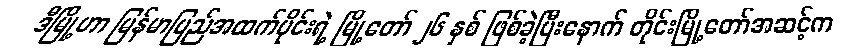
ဒီမြို့ဟာ မြန်မာပြည်အထက်ပိုင်းရဲ့ မြို့တော် ၂၆ နှစ် ဖြစ်ခဲ့ပြီးနောက် တိုင်းမြို့တော်အဆင့်က